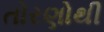
તોરણોથી